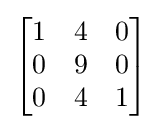
{\begin{bmatrix}1&4&0\\0&9&0\\0&4&1\end{bmatrix}}